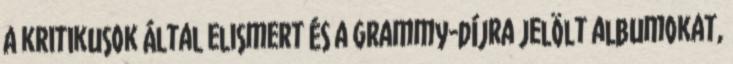
a kritikusok által elismert és a Grammy-díjra jelölt albumokat,